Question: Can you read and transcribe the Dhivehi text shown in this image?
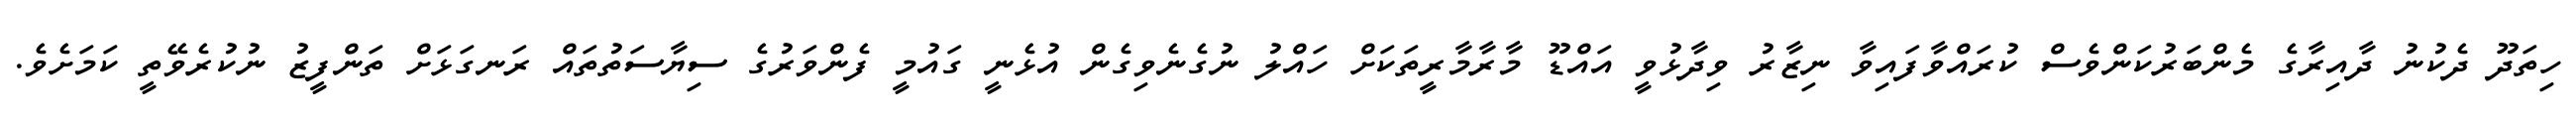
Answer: ހިތަދޫ ދެކުނު ދާއިރާގެ މެންބަރުކަންވެސް ކުރައްވާފައިވާ ނިޒާރު ވިދާޅުވީ އައްޑޫ މާރާމާރީތަކަށް ހައްލު ނުގެނެވިގެން އުޅެނީ ގައުމީ ފެންވަރުގެ ސިޔާސަތުތައް ރަނގަޅަށް ތަންފީޒު ނުކުރެވޭތީ ކަމަށެވެ.